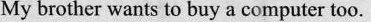
My brother wants to buy a computer too.